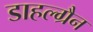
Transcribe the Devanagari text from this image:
डाहल्ग्रैन